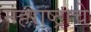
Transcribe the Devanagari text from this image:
महराष्ट्राचे